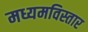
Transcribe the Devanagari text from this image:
मध्यमविस्तार